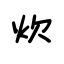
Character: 炊